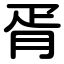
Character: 胥